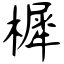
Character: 樨